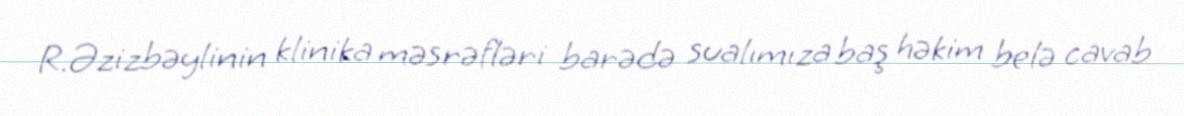
R.Əzizbəylinin klinika məsrəfləri barədə sualımıza baş həkim belə cavab